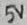
Text: 5V